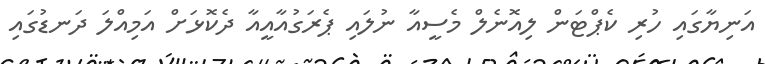
އަނިޔާގައި ހުރި ކެޕްޓަން ލިއޮނެލް މެސީއާ ނުލައި ޕެރަގުއާއީއާ ދެކޮޅަށް އަމިއްލަ ދަނޑުގައި